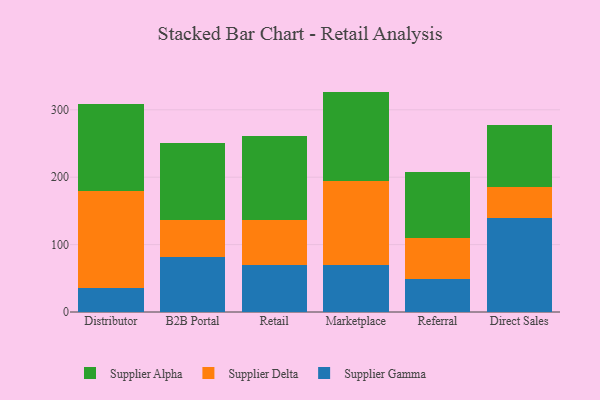
{"axis": {"x": "Channel", "y": "Conversion Rate (%)"}, "legend": ["Supplier Alpha", "Supplier Delta", "Supplier Gamma"], "data": [{"x": "Distributor", "y": 34.9, "type": "Supplier Gamma"}, {"x": "Distributor", "y": 144.4, "type": "Supplier Delta"}, {"x": "Distributor", "y": 129.7, "type": "Supplier Alpha"}, {"x": "B2B Portal", "y": 82.0, "type": "Supplier Gamma"}, {"x": "B2B Portal", "y": 54.2, "type": "Supplier Delta"}, {"x": "B2B Portal", "y": 115.1, "type": "Supplier Alpha"}, {"x": "Retail", "y": 69.6, "type": "Supplier Gamma"}, {"x": "Retail", "y": 67.6, "type": "Supplier Delta"}, {"x": "Retail", "y": 124.3, "type": "Supplier Alpha"}, {"x": "Marketplace", "y": 70.0, "type": "Supplier Gamma"}, {"x": "Marketplace", "y": 124.4, "type": "Supplier Delta"}, {"x": "Marketplace", "y": 132.6, "type": "Supplier Alpha"}, {"x": "Referral", "y": 49.2, "type": "Supplier Gamma"}, {"x": "Referral", "y": 61.3, "type": "Supplier Delta"}, {"x": "Referral", "y": 96.6, "type": "Supplier Alpha"}, {"x": "Direct Sales", "y": 139.0, "type": "Supplier Gamma"}, {"x": "Direct Sales", "y": 46.7, "type": "Supplier Delta"}, {"x": "Direct Sales", "y": 91.3, "type": "Supplier Alpha"}]}